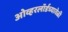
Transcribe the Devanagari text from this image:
ओव्हरलॉर्डच्यावेळी